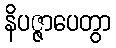
နိပဇ္ဇာပေတွာ